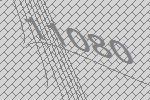
11080